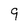
Character: 9